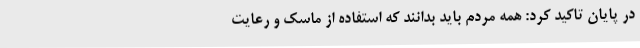
در پایان تاکید کرد: همه مردم باید بدانند که استفاده از ماسک و رعایت